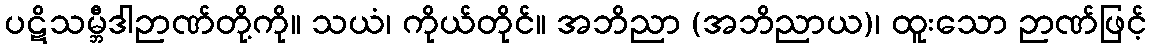
ပဋိသမ္ဘီဒါဉာဏ်တို့ကို။ သယံ၊ ကိုယ်တိုင်။ အဘိညာ (အဘိညာယ)၊ ထူးသော ဉာဏ်ဖြင့်